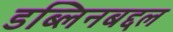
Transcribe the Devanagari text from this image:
डब्लिनबद्दल